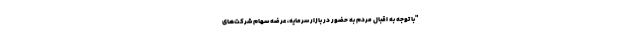
"با توجه به اقبال مردم به حضور در بازار سرمایه، عرضه سهام شرکت‌های